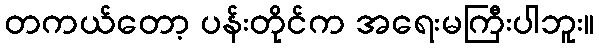
တကယ်တော့ ပန်းတိုင်က အရေးမကြီးပါဘူး။